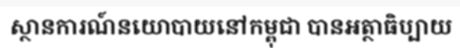
ស្ថានការណ៍នយោបាយនៅកម្ពុជា បានអត្ថាធិប្បាយ